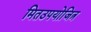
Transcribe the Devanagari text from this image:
मितउपयोजित्र